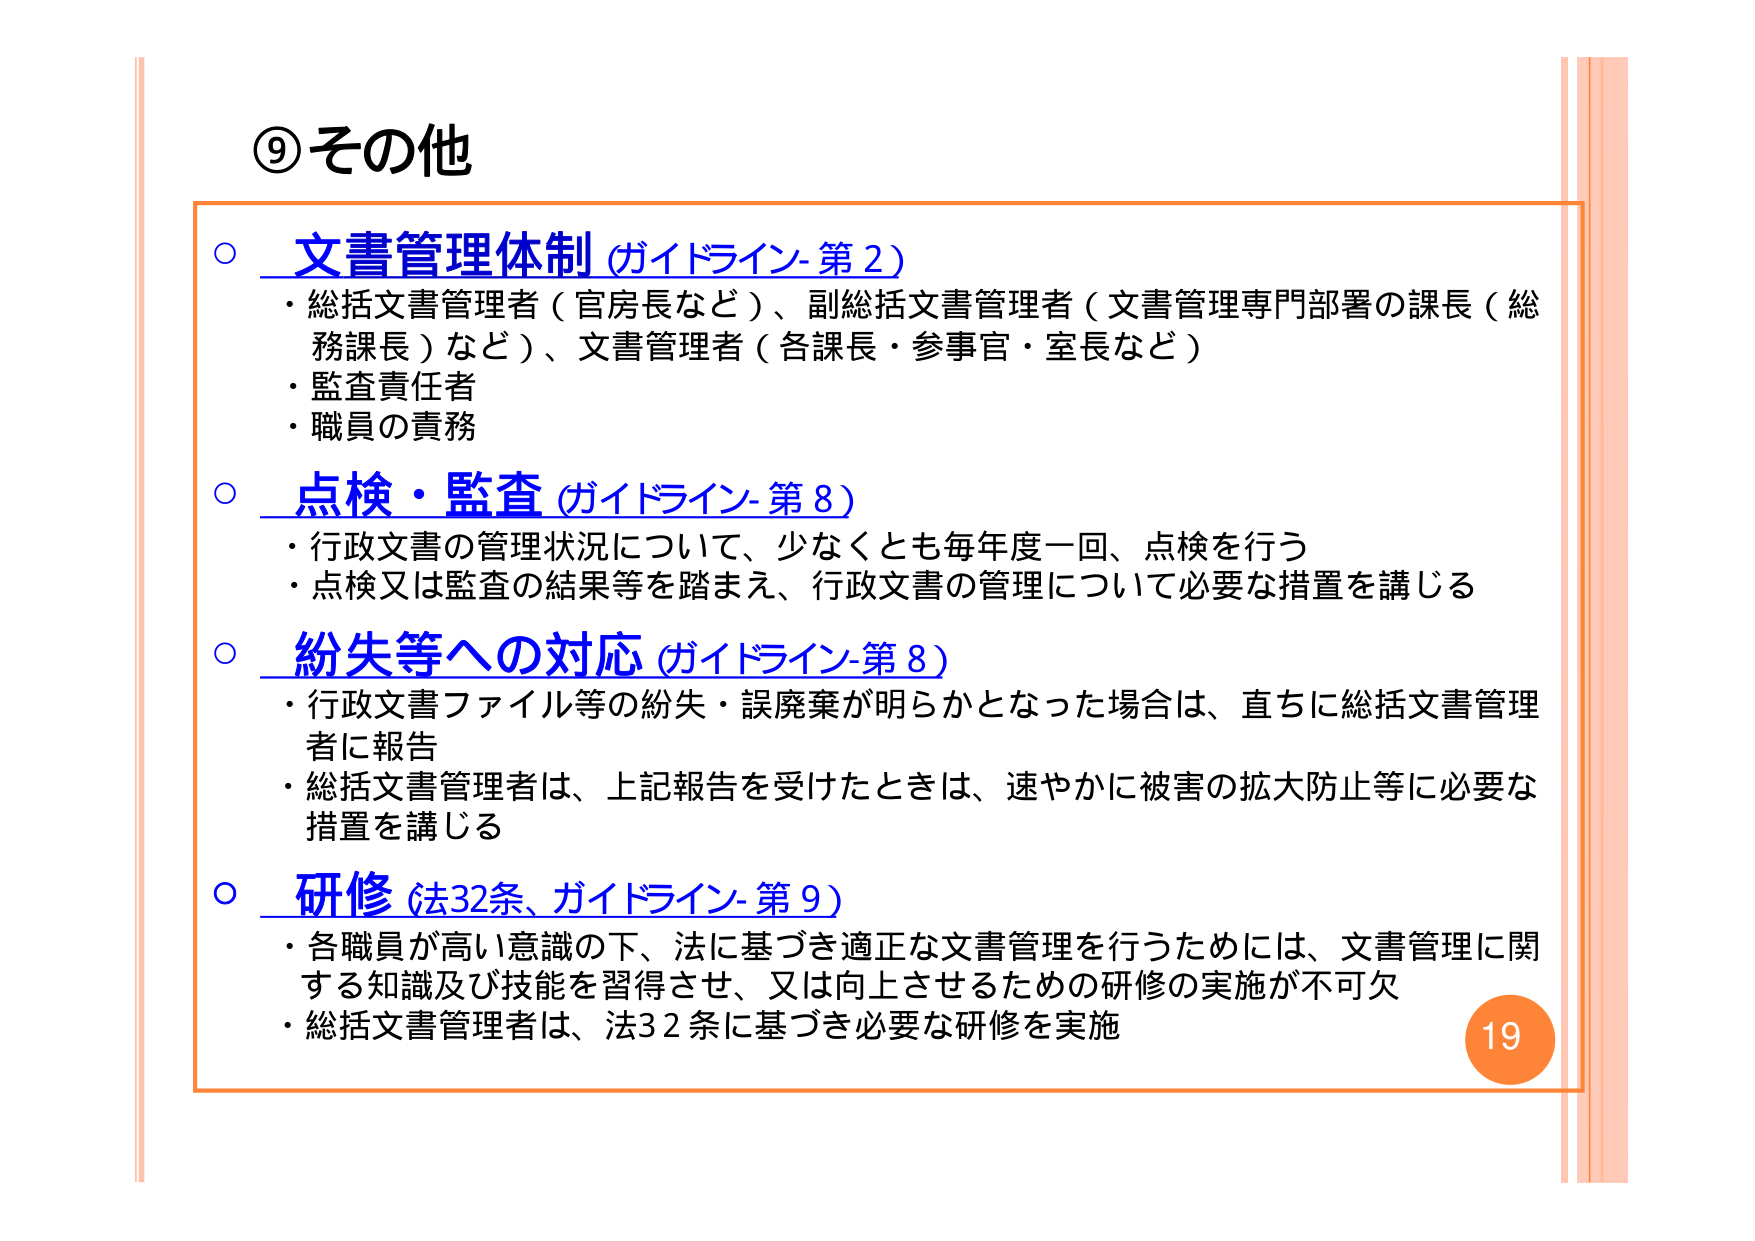
⑨その他

○ 文書管理体制（ガイドライン-第2）
・総括文書管理者（官房長など）、副総括文書管理者（文書管理専門部署の課長（総務課長）など）、文書管理者（各課長・参事官・室長など）
・監査責任者
・職員の責務

○ 点検・監査（ガイドライン-第8）
・行政文書の管理状況について、少なくとも毎年度一回、点検を行う
・点検又は監査の結果等を踏まえ、行政文書の管理について必要な措置を講じる

○ 紛失等への対応（ガイドライン-第8）
・行政文書ファイル等の紛失・誤廃棄が明らかとなった場合は、直ちに総括文書管理者に報告
・総括文書管理者は、上記報告を受けたときは、速やかに被害の拡大防止等に必要な措置を講じる

○ 研修（法32条、ガイドライン-第9）
・各職員が高い意識の下、法に基づき適正な文書管理を行うためには、文書管理に関する知識及び技能を習得させ、又は向上させるための研修の実施が不可欠
・総括文書管理者は、法32条に基づき必要な研修を実施

19